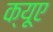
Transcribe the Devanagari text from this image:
क्यूए